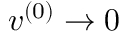
\boldsymbol { v } ^ { ( 0 ) } \to 0